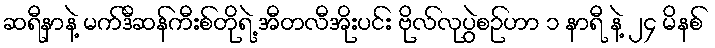
ဆရီနာနဲ့ မက်ဒီဆန်ကီးစ်တိုရဲ့ အီတလီအိုးပင်း ဗိုလ်လုပွဲစဉ်ဟာ ၁ နာရီ နဲ့ ၂၄ မိနစ်